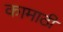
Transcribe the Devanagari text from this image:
कामाठी